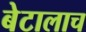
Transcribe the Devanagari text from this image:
बेटालाच